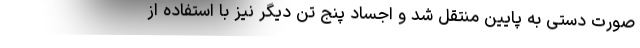
صورت دستی به پایین منتقل شد و اجساد پنج تن دیگر نیز با استفاده از